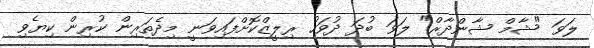
ލަވަ "ޝާމް ޝާންދާރް" ލަވަ ބުދަ ދުވަހު ރިލީޒްކޮށްފައިވަނީ މިދެތަރިން ކުރިން ކިޔެވި